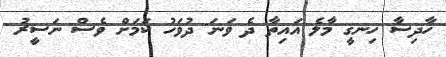
ހާދިސާ ހިނގީ މާލެ އައިތާ ދެ ވަނަ ދުވަހު ކަމަށް ވެސް ނަސީރު